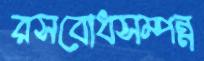
রসবোধসম্পন্ন